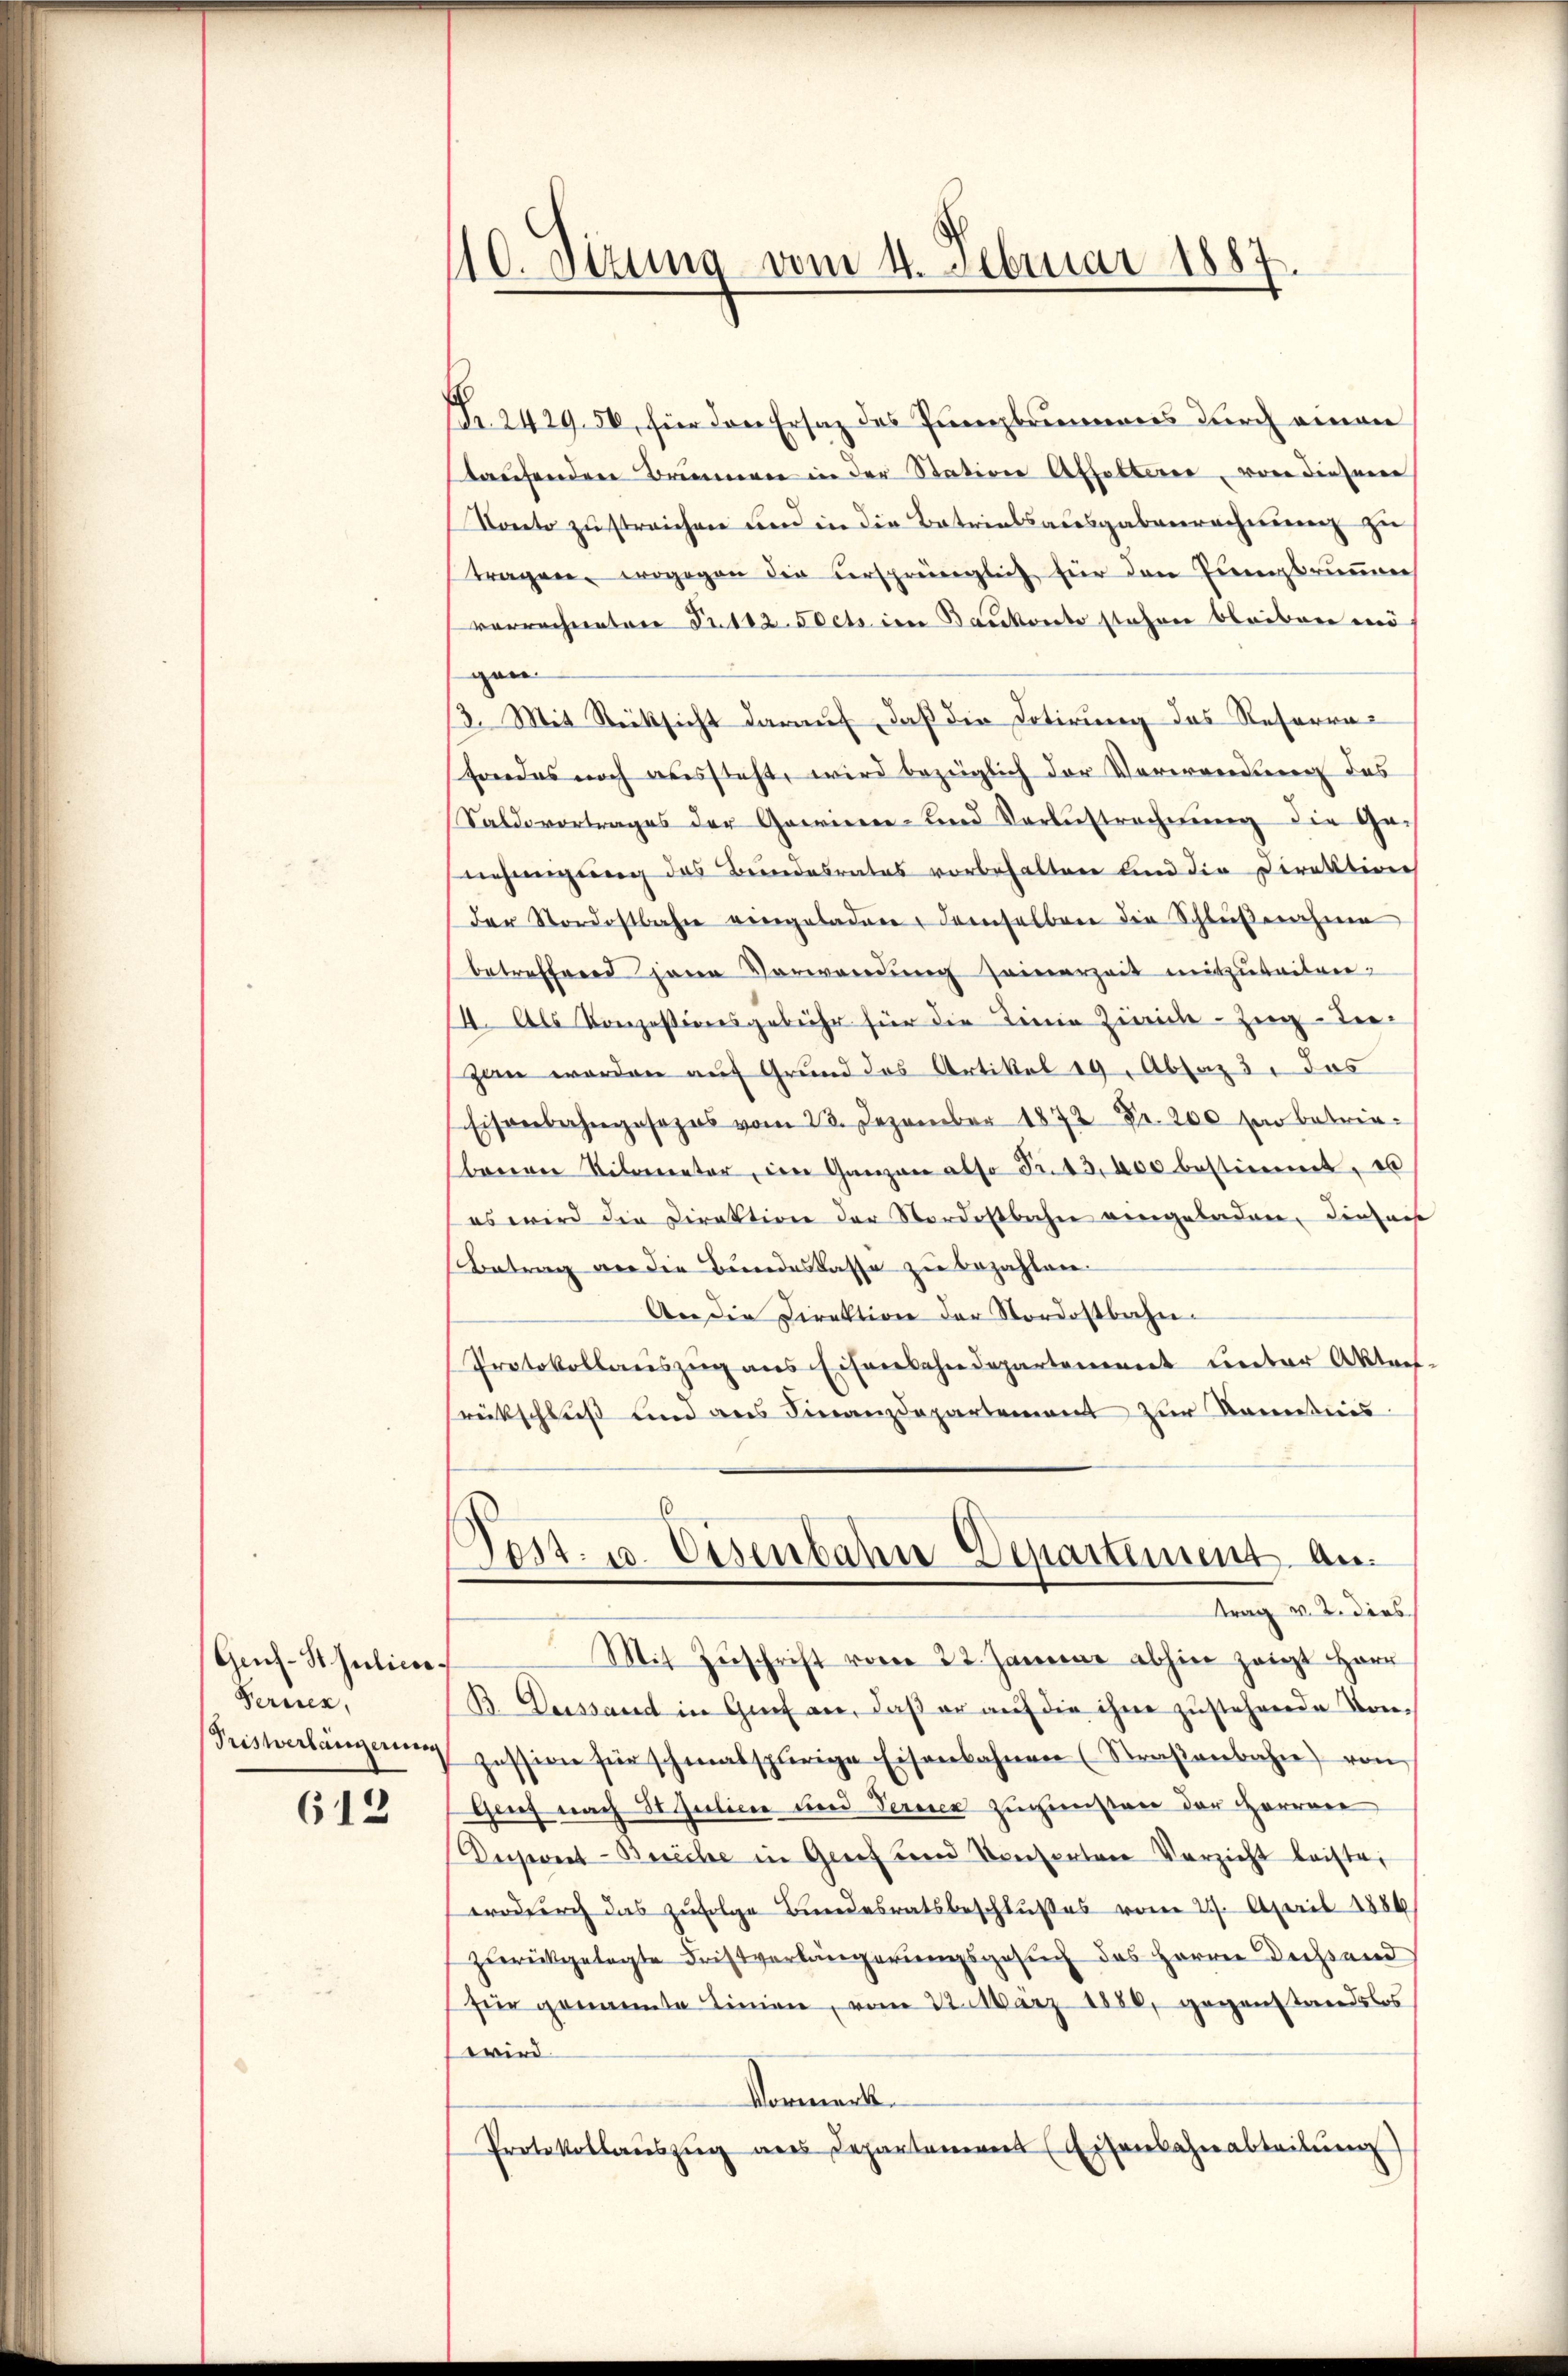
Geuf-St. Julico.
Ferien,
Triswerlängerung

612

110. Sizung vom 4. Februar 1887.

(Fr. 2429. 50, für den Ersatz des Punzlamens durch einen
taufenden Brunnern in der Station Affolterer, von dieser
Soneto zu streichen und in die Batrialsausgabenrechnung zu
tragen, wogegen die ursprünglich für den Ernenbrunnen
vorrechneten Fr. 112. Sects im Bankonto stehen bleiben wer
gen
13. Mit Rücksicht darauf, daß die Dotirung des Reserrafordes noch aussteht, wird bezüglich der Verwendung des
Saldovortrages der Gawinen- und Vorbestrechnung die Genehmigung des Bundesrates vorbehalten sind die Direktion
der Nordostbahn eingeladene Frenselben die Schlußnahme
betreffend jene Verwendŭng seinerzeit mitzuteilen.
4. Als Konzessionsgebühr für die Teine Zeiche - Zug-Ter-
gan werden auf Grund das Artikel 19, Absaz 3. das
Eisenbahngesezes vom 23. Dezember 1872 Fr. 200 fr betrie-
barere Kilometer, den Ganzen also Fr. 13,000 bestimmt, es
es wird die Direktion der Nordostbahn vergeladen, dieser
Betrag an die Bundeskasse zu bezahlen.
An die Direktion der Nordostbahn-
Protokollauszug aus Eisenbahndepartement unter Aktref-
rückschluß und aus Finanzdepartement zur Kommissives
h
d
Post. 10. Eisenbahn Departement an.
ttrag v. 2. dies
Mit Zŭschrift vom 22. Januar abhin zeigt Herr
B. Dessant in Genf an, daβ er aŭf die ihne zŭstehende Kon-
zession für schmalspurige Eisenbahnen (Straβenbahn von
Genf nach 31 Julinie und Terner zugesten der Herren
Dupreet-Beriche in Grief und Konsorten Verzicht leiste,
wodurch das zufolge Bundesratsbeschlußes vom 27. April 1886
zurückgelegte Fristverlängerungsgesuch des Herrn Dießend
für genannte Linien, vom 22. März 1880, gegenstandslos
wird.
Vormerk
Protokollauszug aus Departaneres Eisenbahnabteilŭng